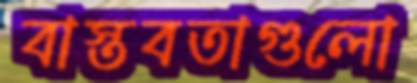
বাস্তবতাগুলো